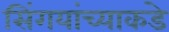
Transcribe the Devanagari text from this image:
सिंगयांच्याकडे